Annual statistical returns and brief notes on vaccination in Bengal - 1896-1909
Year: 1896
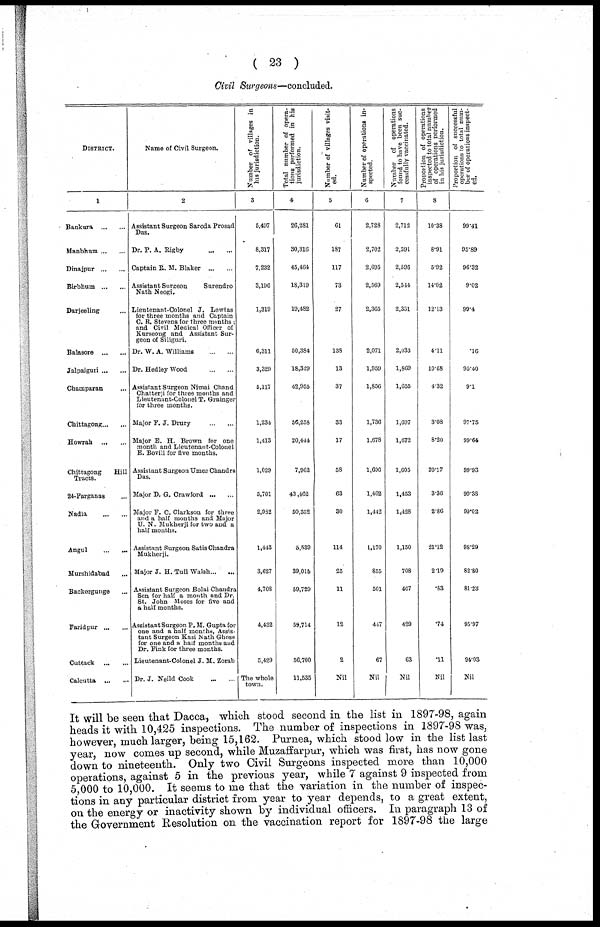
( 23 )
Civil Surgeons—concluded.
DISTRICT.
1
Bankura
...
...
Manbhum ... ...
Dinajpur ... ...
Birbhum ... ...
Darjeeling ...
Balasore
...
...
Jalpaiguri ... ...
Champaran
...
Chittagong ... ...
Howrah
...
...
Chittagong
Hill
Tracts.
24-Parganas ...
Nadia
...
...
Angul
...
...
Murshidabad ...
Backerguuge ...
Faridpur ... ...
Cuttack ... ...
Calcutta
...
...
Name of Civil Surgeon.
2
Assistant Surgeon Saroda Prasad
Das.
Dr. P. A. Rigby
...
...
Captain R. M. Blaker ... ...
Assistant Surgeon
Surendro
Nath Neogi.
Lieutenant-Colonel J. Lewtas
for three months and Captain
C. R. Stevens for three months ;
and Civil Medical Officer of
Kurseong and Assistant Sur-
geon of Siliguri.
Dr. W. A. Williams
...
...
Dr. Hedley Wood
...
...
Assistant Surgeon Nimai Chand
Chatterji for three months and
Lieutenant-Colonel T. Grainger
for three months.
Major F. J. Drury
...
...
Major E. H. Brown for one
month and Lieutenant-Colonel
E. Bovill for five months.
Assistant Surgeon Umea Chandra
Das.
Major D. G. Crawford ... ...
Major P. C. Clarkson for three
and a half months and Major
U. N. Mukherji for two and a
half months.
Assistant Surgeon Satis Chandra
Mukherji.
Major J. H. Tull Walsh ... ...
Assistant Surgeon Bolai Chandra
Sen for half a month and Dr.
St. John Moses for five and
a half months.
Assistant Surgeon P. M. Gupta for
one and a half months, Assis-
tant Surgeon Kasi Nath Guose
for one and a half months and
Dr. Fink for three months.
Lieutenant-Colonel J. M. Zorab
Dr. J. Neild Cook ... ...
Number or villages in
his jurisdiction.
3
5,497
8,317
7,232
3,196
1,319
6,311
3,329
5,117
1,234
1,413
1,029
5,701
2,982
1,443
3,627
4,708
4,432
5,429
The whole
town.
Total number of opera-
tions performed in his
jurisdiction.
4
26,281
30,316
45,464
18,319
19,482
50,384
18,329
42,955
56,258
20,444
7,962
43,462
50,352
5,539
39,015
59,729
59,714
56,700
11,535
Number of villages visit-
ed.
5
61
187
117
73
27
138
13
37
33
17
58
63
30
114
25
11
12
2
Nil
Number of operations in-
spected.
6
2,728
2,702
2,695
2,569
2,365
2,071
1,959
1,856
1,736
1,678
1,606
1,462
1,442
1,170
855
501
447
67
Nil
Number of operations
found to have been suc-
cessfully vaccinated.
7
2,712
2,591
2,596
2,544
2,351
2,033
1,869
1,655
1,697
1,672
1,605
1,453
1,428
1,150
708
407
429
63
Nil
Proportion of operations
inspected to total number
of operations performed
in his jurisdiction.
8
10.38
8.91
5.92
14.02
12.13
4.11
10.68
4.32
3.08
8.20
20.17
3.36
2.86
21.12
2.19
.83
.74
.11
Nil
Proportion of successful
operations to total num-
ber of operations inspect-
ed.
99.41
95.89
96.32
9.02
99.4
.16
95.40
9.1
97.75
99.64
99.93
99.38
90.02
98.29
82.80
81.23
95.97
94.03
Nil
It will be seen that Dacca, which stood second in the list in 1897-98, again
heads it with 10,425 inspections. The number of inspections in 1897-98 was,
however, much larger, being 15,162. Purnea, which stood low in the list last
year, now comes up second, while Muzaffarpur, which was first, has now gone
down to nineteenth. Only two Civil Surgeons inspected more than 10,000
operations, against 5 in the previous year, while 7 against 9 inspected from
5,000 to 10,000. It seems to me that the variation in the number of inspec-
tions in any particular district from year to year depends, to a great extent,
on the energy or inactivity shown by individual officers. In paragraph 13 of
the Government Resolution on the vaccination report for 1897-98 the large